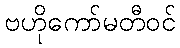
ဗဟိုကော်မတီဝင်